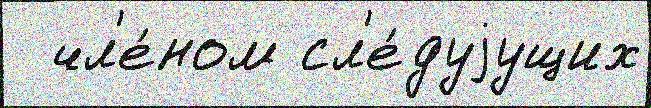
  чл'е́ном сл'е́дуjущих